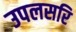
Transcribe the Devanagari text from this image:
उपलसरि